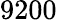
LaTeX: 9200